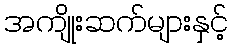
အကျိုးဆက်များနှင့်